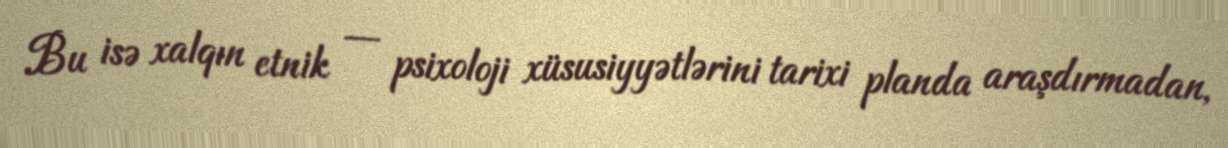
Bu isə xalqın etnik — psixoloji xüsusiyyətlərini tarixi planda araşdırmadan,